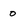
Character: O